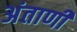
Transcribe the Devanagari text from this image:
अंताणी